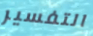
التفسير